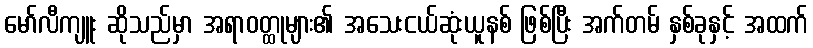
မော်လီကျူး ဆိုသည်မှာ အရာဝတ္ထုများ၏ အသေးငယ်ဆုံးယူနစ် ဖြစ်ပြီး အက်တမ် နှစ်ခုနှင့် အထက်